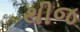
થીજ